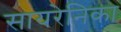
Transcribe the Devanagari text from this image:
सायरेनिका